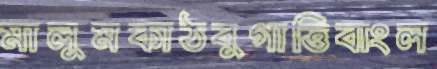
মালুমকাঠবুগাত্তিবাংল